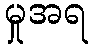
မှုအရ